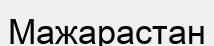
Мажарастан